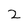
Character: 2